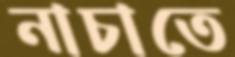
নাচাতে